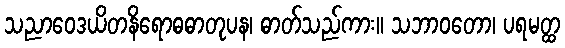
သညာဝေဒယိတနိရောဓဓာတုပန၊ ဓာတ်သည်ကား။ သဘာဝတော၊ ပရမတ္ထ